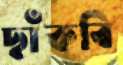
ছাঁকবি